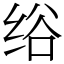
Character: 绤